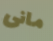
مانى